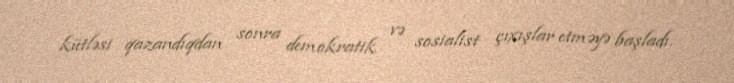
kütləsi qazandıqdan sonra demokratik və sosialist çıxışlar etməyə başladı.